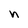
Character: n